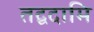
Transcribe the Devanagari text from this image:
तद्वदामि